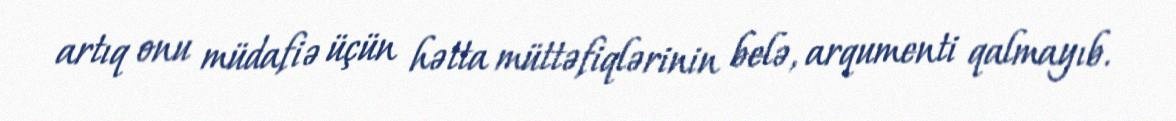
artıq onu müdafiə üçün hətta müttəfiqlərinin belə, arqumenti qalmayıb.